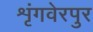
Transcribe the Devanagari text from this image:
शृंगवेरपुर